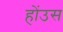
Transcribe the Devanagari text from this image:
होंउस